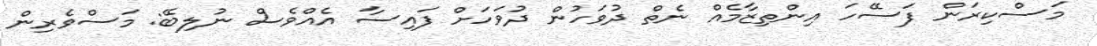
މަސްކިރަން ފަސޭހަ އިންތިޒާމެއް ނެތް ދުވަހުން ދުވަހަށް ފައިސާ އެއްވެސް ނުލިބޭ: މަސްވެެރިން